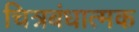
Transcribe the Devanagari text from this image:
चित्रबंधात्मक